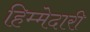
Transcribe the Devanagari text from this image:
हिम्मेदारी